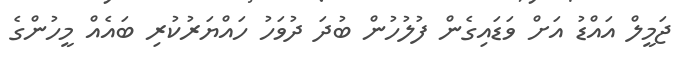
ޖަމީލް އައްޑު އަށް ވަޑައިގެން ފުލުހުން ބުދަ ދުވަހު ހައްޔަރުކުރި ބައެއް މީހުންގެ